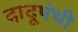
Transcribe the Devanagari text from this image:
दादूपंथी